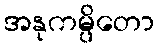
အနုကမ္ပိတော